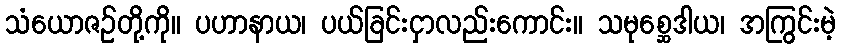
သံယောဇဉ်တို့ကို။ ပဟာနာယ၊ ပယ်ခြင်းငှာလည်းကောင်း။ သမုစ္ဆေဒါယ၊ အကြွင်းမဲ့